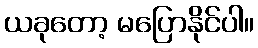
ယခုတော့ မပြောနိုင်ပါ။